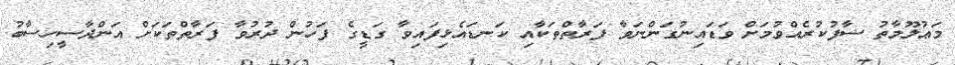
މަޢުލޫމާތު ސާފުކުރެއްވުމަށް ވަޑައިނުގަންނަވާ ފަރާތްތަކާއި ކަނޑައެޅިފައިވާ ގަޑީގެ ފަހުން ދުރުވާ ފަރާތްތަކަށް އަންދާސީހިސާބު